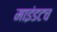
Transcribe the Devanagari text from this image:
माइंडटच